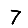
Digit: 7